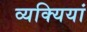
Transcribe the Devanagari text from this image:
व्यक्यियां